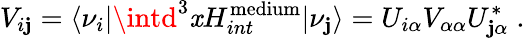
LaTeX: V_{i\mathbf{j}}={\langle\nu_{i}|}\intd^{3}\mathit{x}{H_{int}^{\mathrm{{medium}}}}{|\nu_{\mathbf{j}}\rangle}=U_{i\alpha}V_{\alpha\alpha}U_{\mathbf{j}\alpha}^{*}\; .